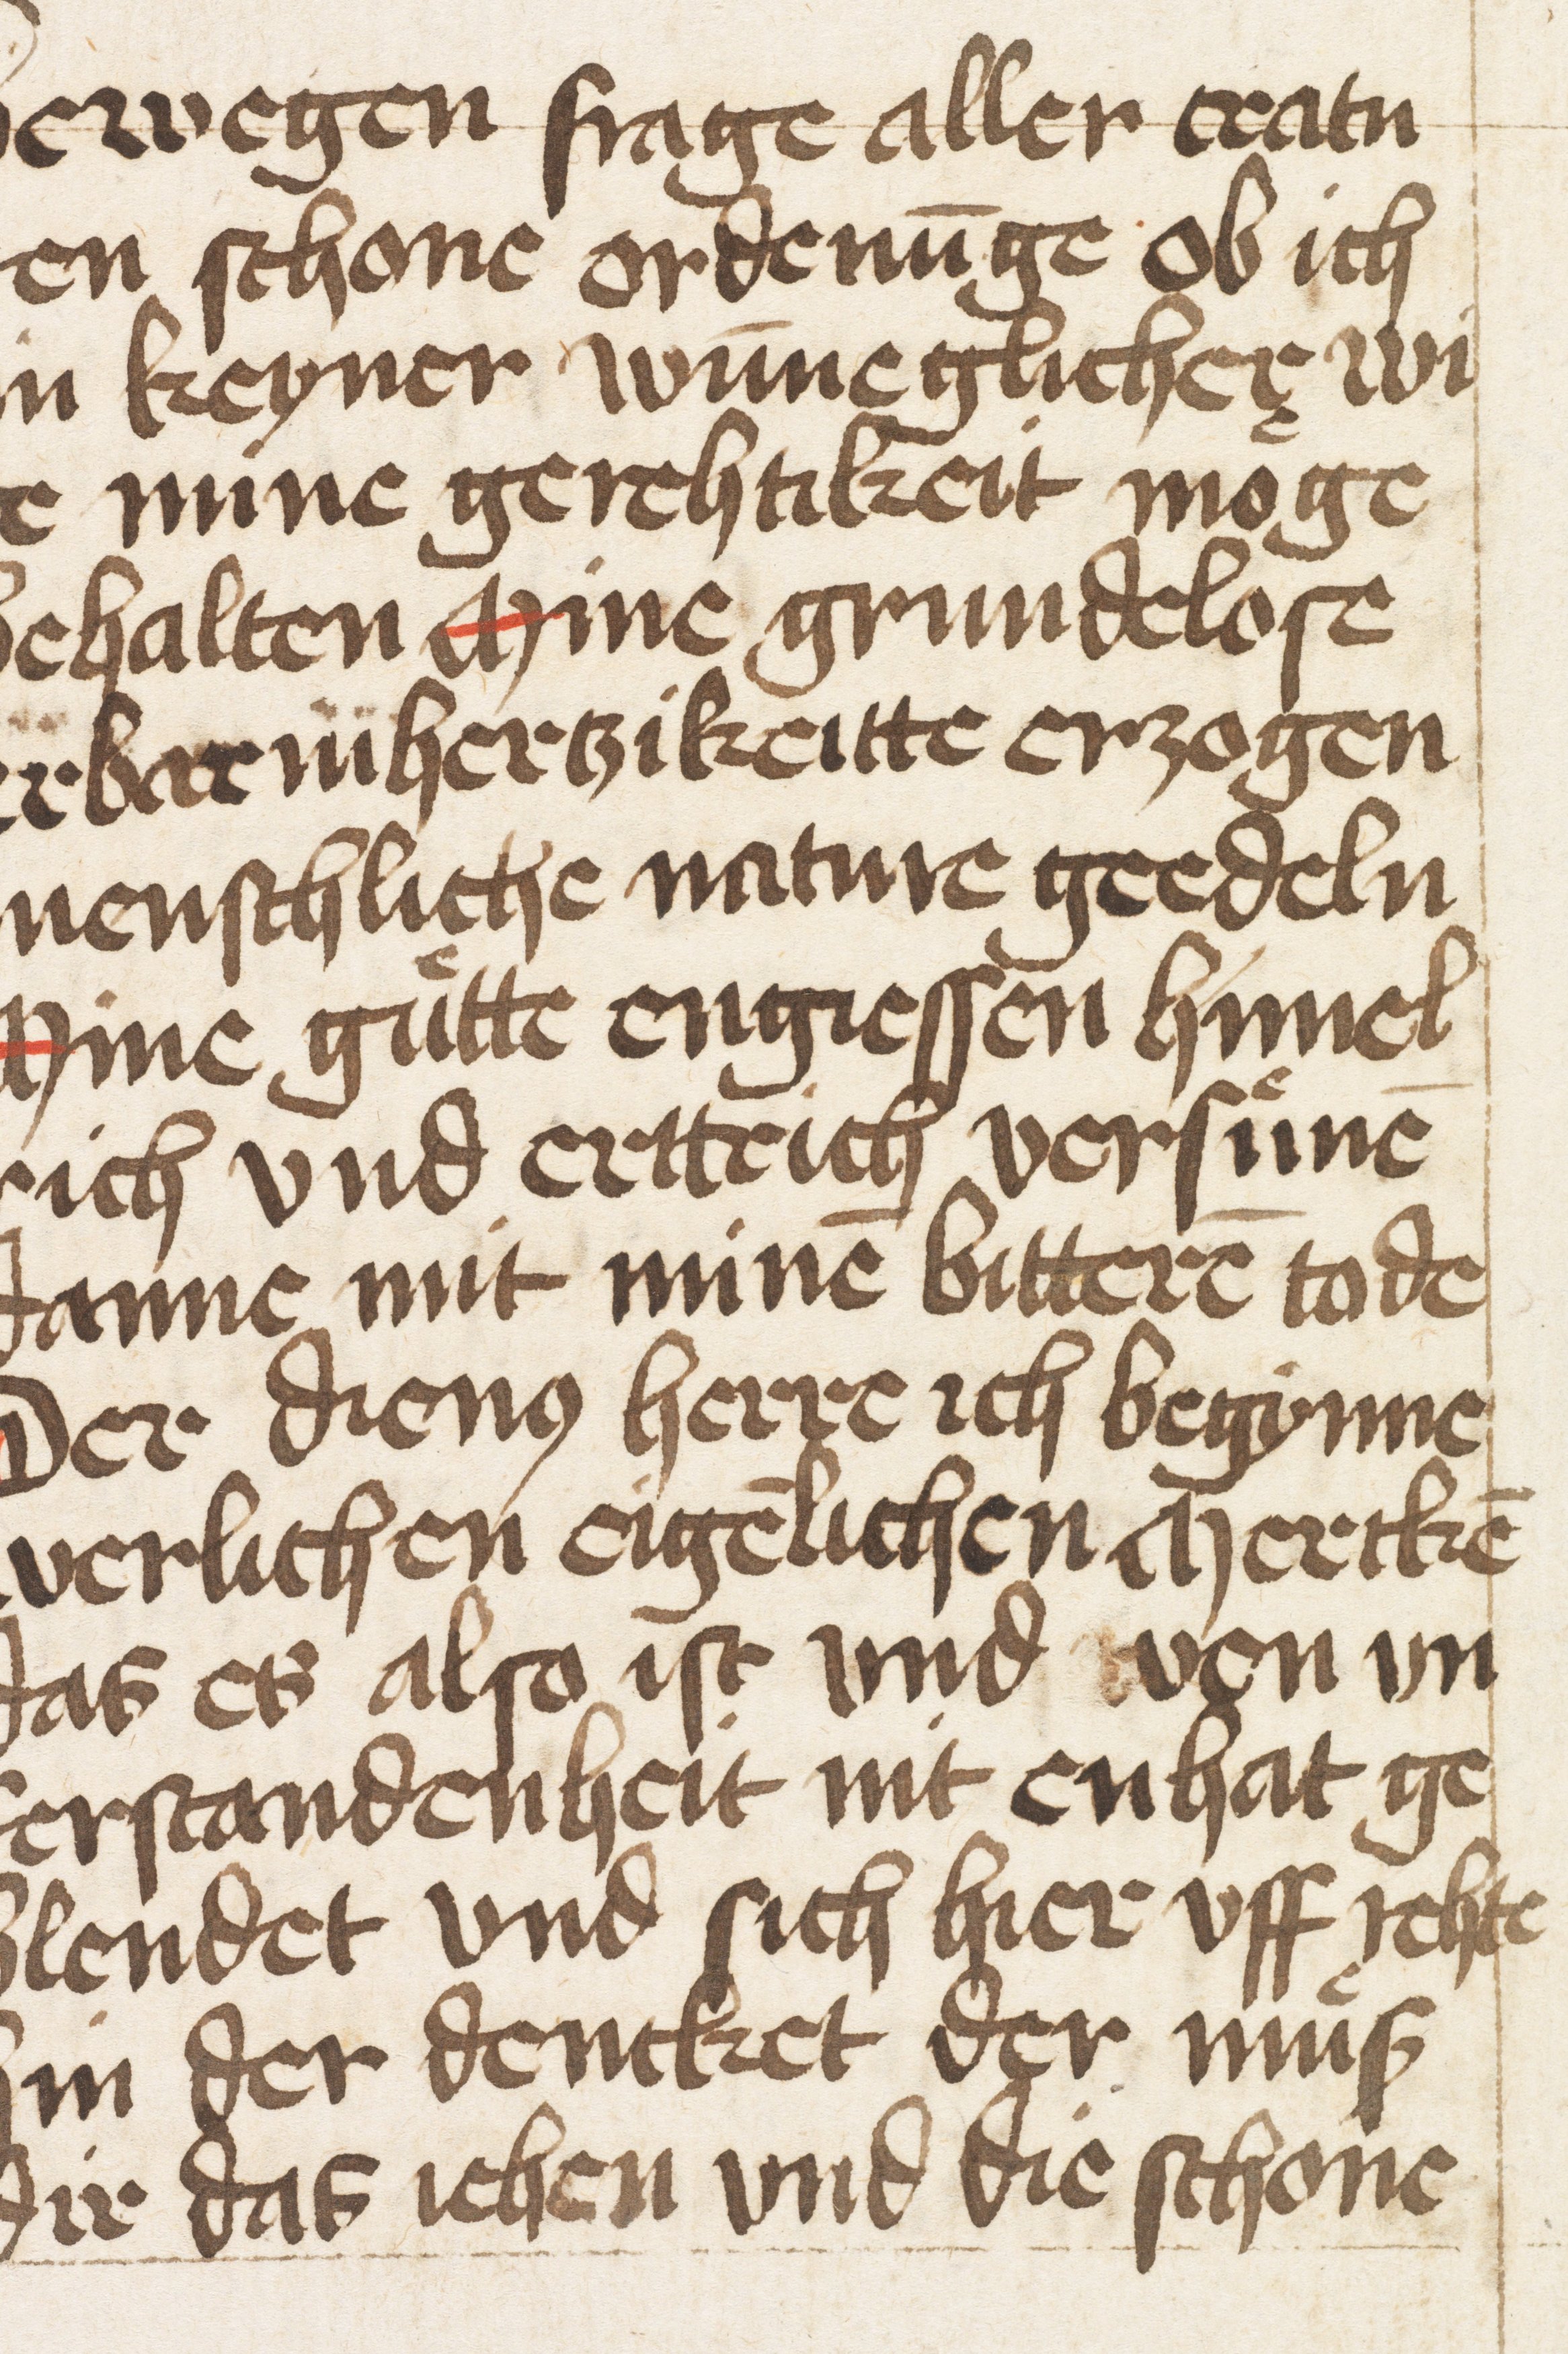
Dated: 1400–1499